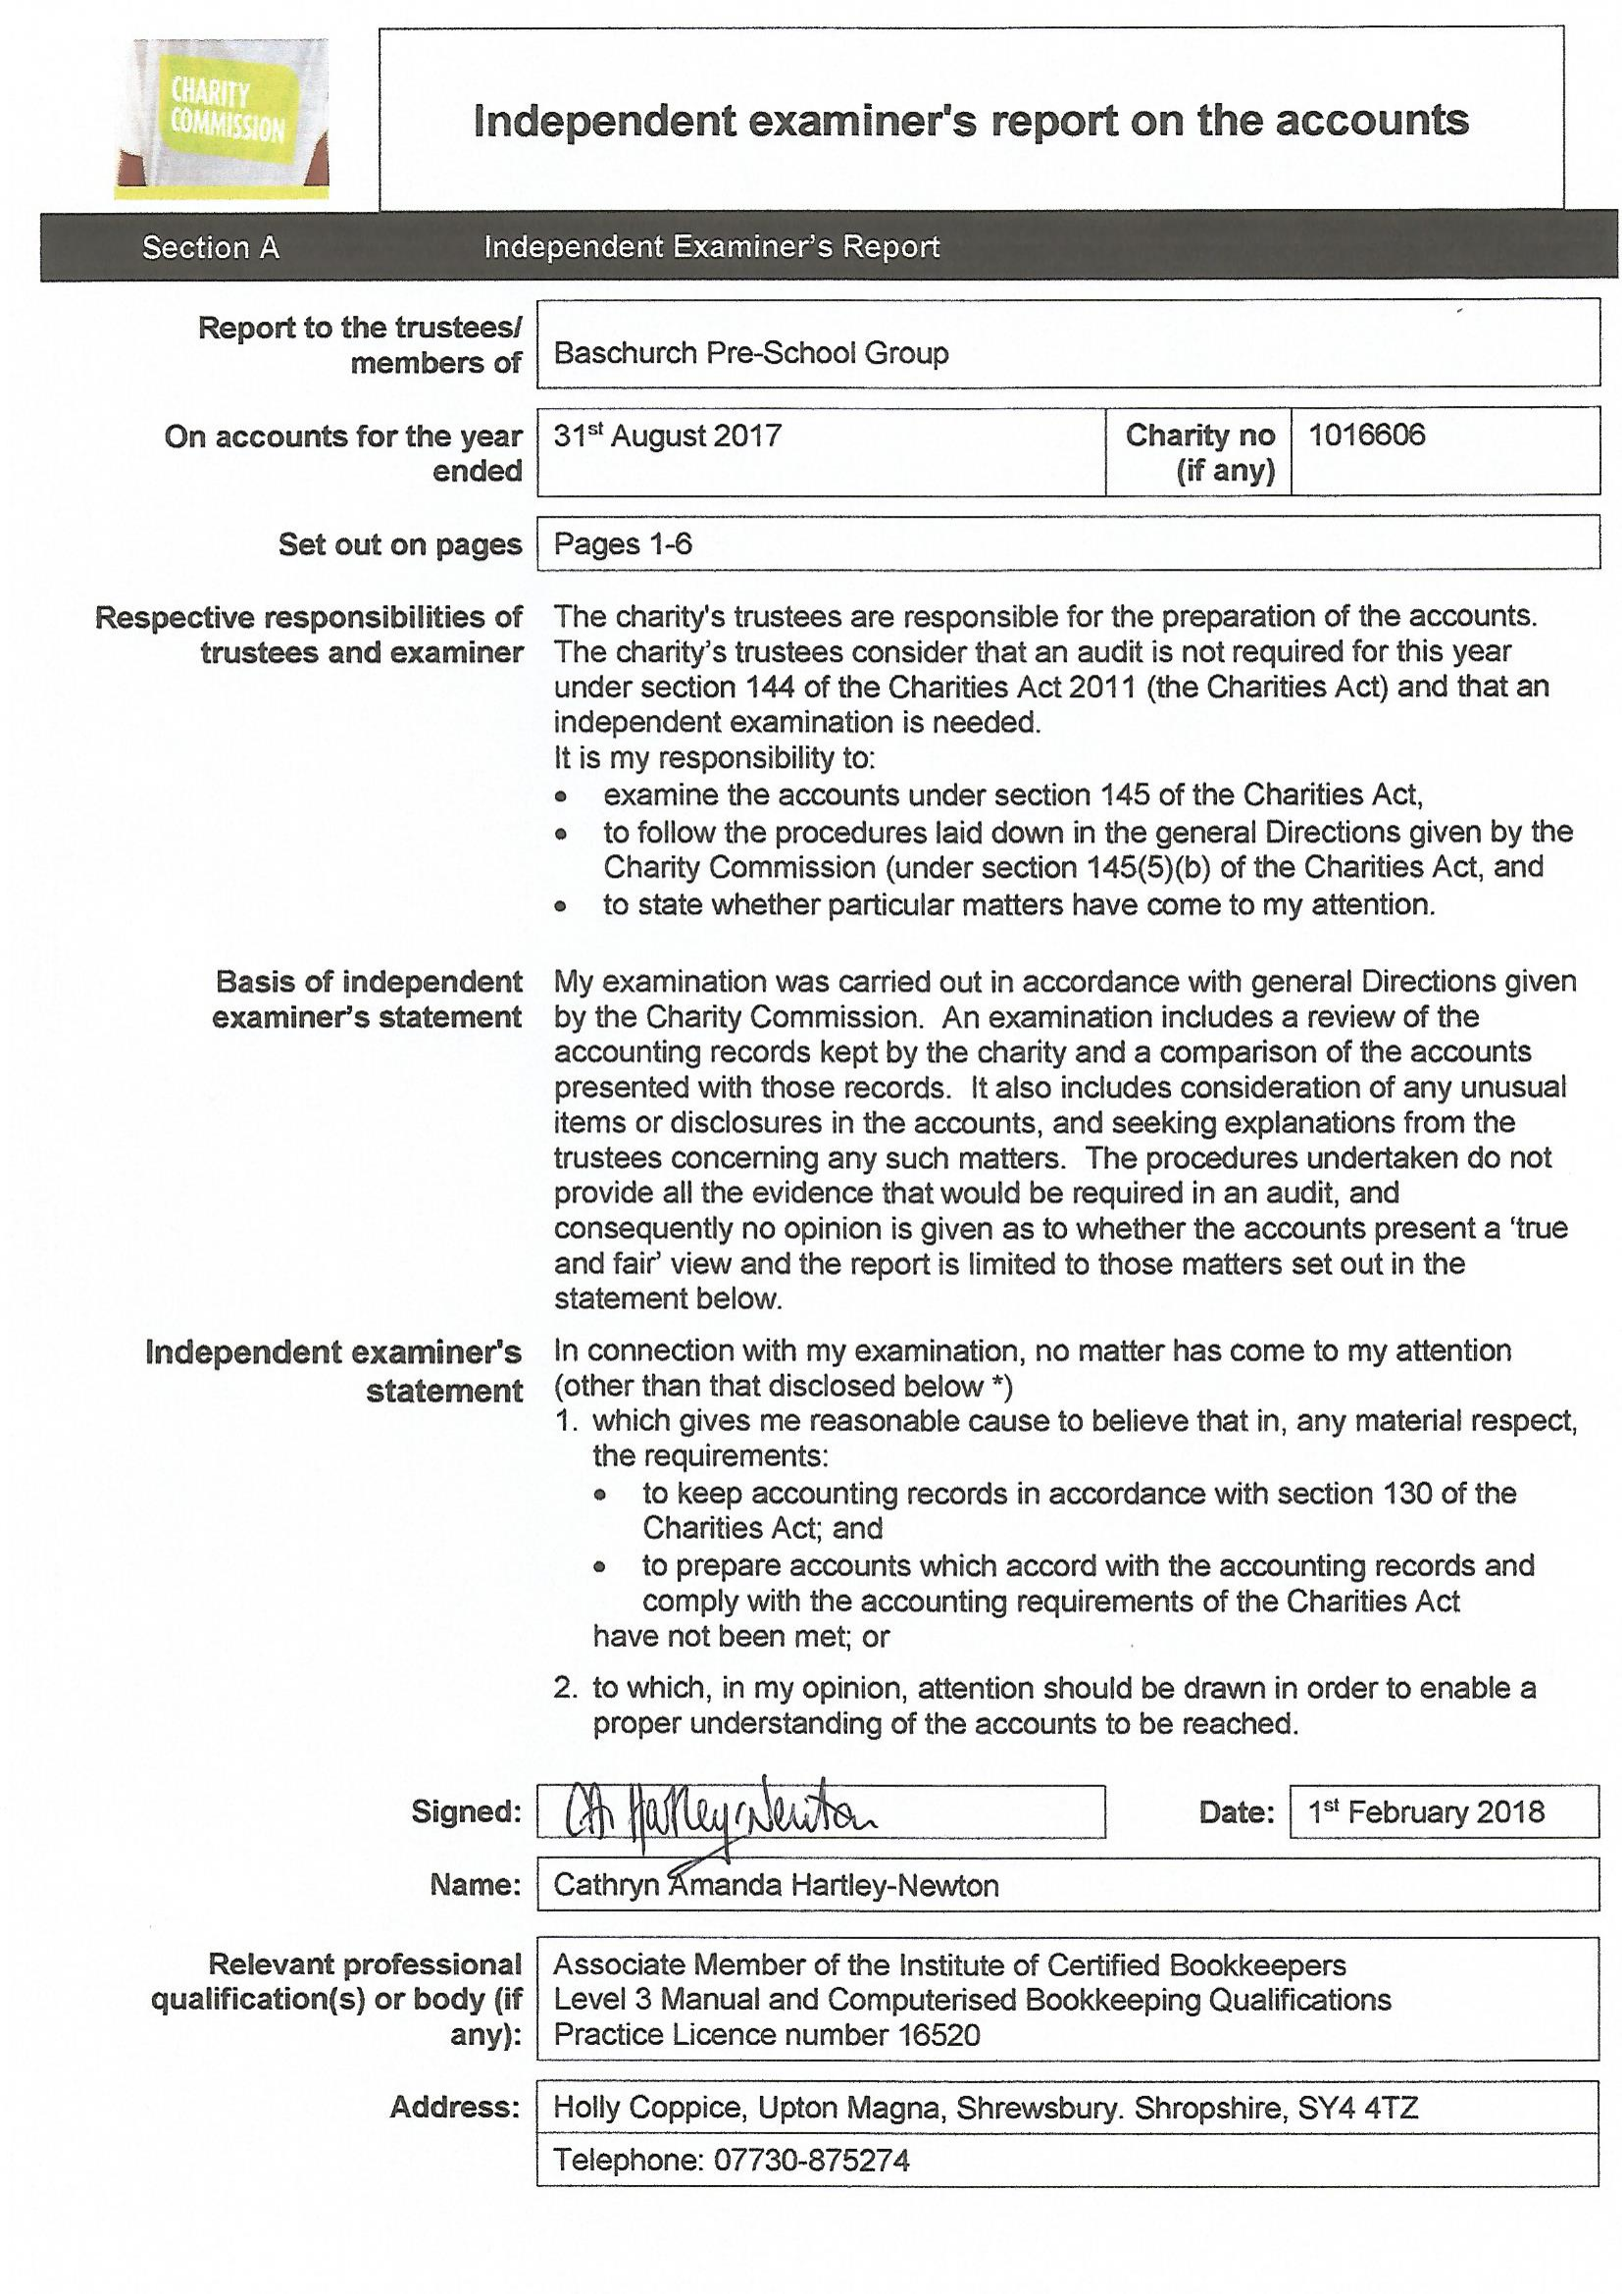
Independent    examiner's    report   on  the  accounts
     Section A    Independent Examiner’s Report
     Report to the trustees/
     members  of | Baschurch Pre-School Group
     On accounts for the year | 315 August 2017    Charity no | 1016606
     ended    (if any)
     Set out on pages | Pages 1-6
     Respective responsibilities of The charity's trustees are responsible for the preparation of the accounts.
     trustees and examiner  The charity’s trustees consider that an audit is not required for this year
     under section 144 of the Charities Act 2011 (the Charities Act) and that an
     independent examination is needed.
     It is my responsibility to:
     e   examine the accounts under section 145 of the Charities Act,
     e  to follow the procedures laid down in the general Directions given by the
     Charity Commission (under section 145(5)(b) of the Charities Act, and
     e  to state whether particular matters have come to my attention.
     Basis of independent My examination was carried out in accordance with general Directions given
     examiner’s statement  by the Charity Commission. An examination includes a review of the
     accounting records kept by the charity and a comparison of the accounts
     presented with those records. [t also includes consideration of any unusual
     items or disclosures in the accounts, and seeking explanations from the
     trustees concerning any such matters. The procedures undertaken do not
     provide all the evidence that would be required in an audit, and
     consequently no opinion is given as to whether the accounts present a ‘true
     and fair’ view and the report is limited to those matters set out in the
     statement below.
     Independent  examiner's   In connection with my examination, no matter has come to my attention
     statement   (other than that disclosed below *)
     1. which gives me reasonable cause to believe that in, any material respect,
     the requirements:
     e  to keep accounting records in accordance with section 130 of the
     Charities Act; and
     o  to prepare accounts which accord with the accounting records and
     comply with the accounting requirements of the Charities Act
     have not been met; or
     2. to which, in my opinion, attention should be drawn in order to enable a
     proper understanding of the accounts to be reached.
     signed: | (A |    Date: | 1¢ February 2018
     Cathryn Xmanda  Hartley-Newton
     Relevant professional | Associate Member of the Institute of Certified Bookkeepers
     qualification(s) or body (if | Level 3 Manual and Computerised Bookkeeping Qualifications
     any): | Practice Licence number 16520
     Address: | Holly Coppice, Upton Magna, Shrewsbury. Shropshire, SY4 4TZ
     Telephone: 07730-875274

     Name: